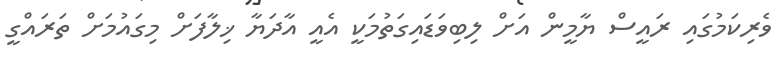
ވެރިކަމުގައި ރައީސް ޔާމީން އަށް ލިބިވަޑައިގަތުމަކީ އެއީ އާދަޔާ ޚިލާފަށް މިގައުމަށް ތަރައްގީ